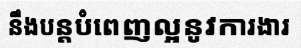
នឹងបន្តបំពេញល្អនូវការងារ